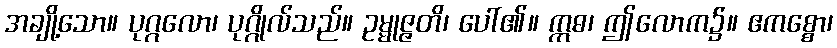
အချို့သော။ ပုဂ္ဂလော၊ ပုဂ္ဂိုလ်သည်။ ဥမ္မုဇ္ဇတိ၊ ပေါ်၏။ ဣဓ၊ ဤလောက၌။ ဧကစ္စော၊